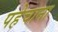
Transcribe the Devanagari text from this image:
पहेचाना